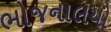
ભોજનાલયો